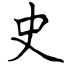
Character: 史